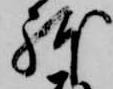
躰